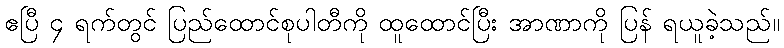
ဧပြီ ၄ ရက်တွင် ပြည်ထောင်စုပါတီကို ထူထောင်ပြီး အာဏာကို ပြန် ရယူခဲ့သည်။